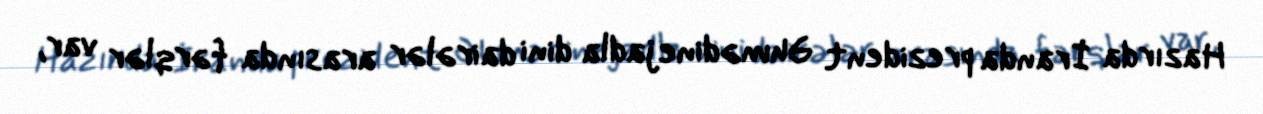
Hazırda İranda prezident Əhmədinejadla dini dairələr arasında fərqlər var,